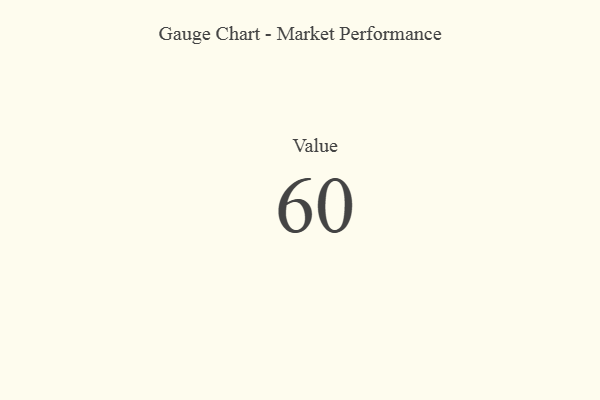
{"axis": {"x": "Metric", "y": "Value"}, "legend": [""], "data": [{"x": "Value", "y": 60, "type": ""}]}